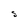
Character: S